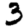
Digit: 3